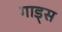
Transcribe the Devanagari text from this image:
गाड्स